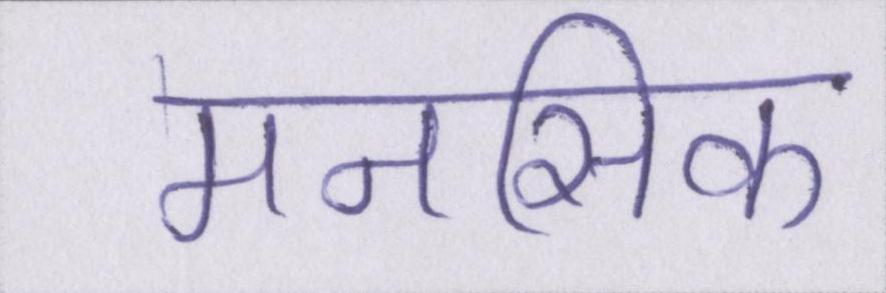
मनसिक